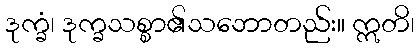
ဒုက္ခံ၊ ဒုက္ခသစ္စာ၏သဘောတည်း။ ဣတိ၊